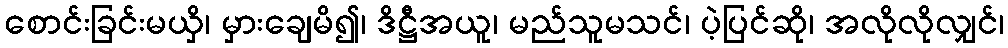
စောင်းခြင်းမယှိ၊ မှားချေမိ၍၊ ဒိဋ္ဌီအယူ၊ မည်သူမသင်၊ ပဲ့ပြင်ဆို၊ အလိုလိုလျှင်၊